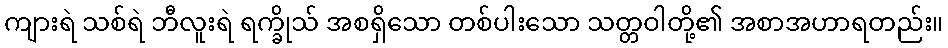
ကျားရဲ သစ်ရဲ ဘီလူးရဲ ရက္ခိုသ် အစရှိသော တစ်ပါးသော သတ္တဝါတို့၏ အစာအဟာရတည်း။